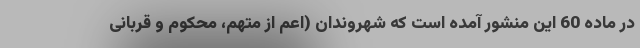
در ماده 60 این منشور آمده است که شهروندان (اعم از متهم، محکوم و قربانی